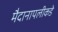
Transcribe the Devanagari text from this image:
मैदानापलीकडे